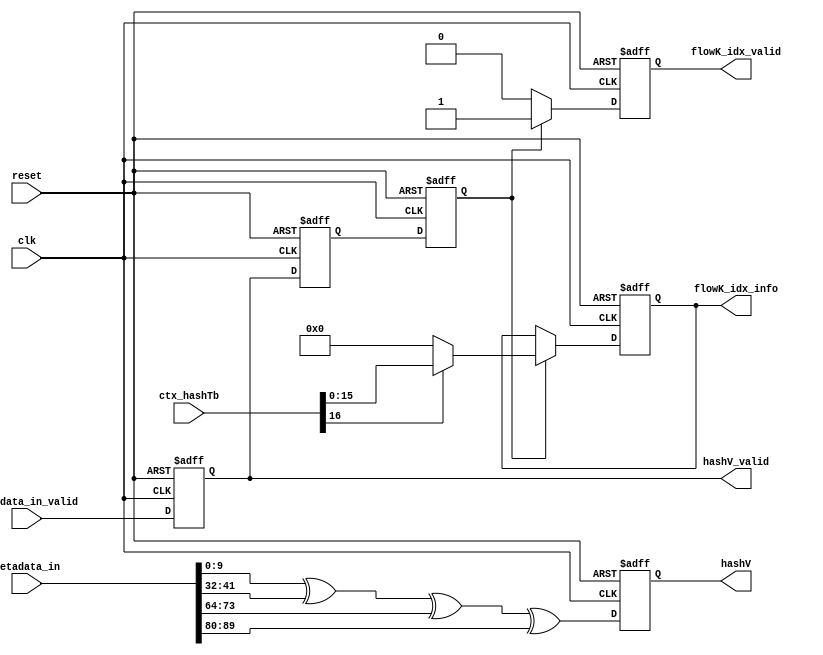
//=====================================================================//
//	Module name: lookup hashTb in conneciton searcher of UniMan;
//	Communication with lijunnan(lijunnan@nudt.edu.cn)
//	Last edited time: 2018/11/11 (Happy Singles' Day,  Je t'attendrai toujours.)
//	Function outline: UniMan_v1.0
//=====================================================================//

`timescale 1ns/1ps

/*	function description:
*	1) extract 5-tuple in the metadata, we assurme the location of 4-tuple
*		is metadata[103:0];
*	2) calculate two hash values used to search hash tables, the hash
*		function is: flow_key[95:80]^[79:64]^[47:32]^[15:0];
*/
module lookup_hashTb(
reset,
clk,
metadata_in_valid,
metadata_in,
hashV,
hashV_valid,
ctx_hashTb,
flowK_idx_valid,
flowK_idx_info
);

/*	width or depth or words info of signals
*/
parameter 	w_meta = 104,			// width of metadata;
			w_key = 104,			// width of flow key;
			w_hashTb = 17,			// width of hashTb's entry, (1 + 16);
			d_hashTb = 10,			// depth of hashTb;
			w_flowKIdx_info = 16,	// width of conn_idx_info, i.e., flowKTb_idx;
			w_idx = 16,				// width of idx in hashTb;
			
			/** used for calculating hash values 
			*	the sequence of 5-tuple is protocol, dstport, srcport, dstip, srcip;
			*/
			b_srcIP_key = 0,		// last bit of srcIP in flow key;
			b_dstIP_key = 32,		// last bit of dstIP in flow key;
			b_srcPort_key = 64,		// last bit of srcPort in flow key;
			b_dstPort_key = 80,		// last bit of dstPort in flow key;
			b_protocol_key = 96,	// last bit fo protocol in flow key;
			/** format of hashTb*/
			b_valid_hashTb = 16,	// last bit of valid in hashTb;
			b_idx_hashTb = 0;		// last bit of the idx_info in hashTb;


input								clk;
input								reset;
input								metadata_in_valid;
input		[w_meta-1:0]			metadata_in;
output	reg	[d_hashTb-1:0]			hashV;
output	reg							hashV_valid;
input		[w_hashTb-1:0]			ctx_hashTb;
output	reg							flowK_idx_valid;
output	reg	[w_flowKIdx_info-1:0]	flowK_idx_info;


/*************************************************************************************/
/***	varialbe declaration */
/**	valid_temp is used to count clocks for waiting the result from hashTb ;
*/
reg			valid_temp[1:0];

/*************************************************************************************/
/***	state register declaration*/

/*************************************************************************************/
/***	submodule declaration */

/*************************************************************************************/
/***	state machine declaration */
/**	this state machine is used gen hash value according to the five-tuple info.;
*/
always @(posedge clk or negedge reset) begin
	if (!reset) begin
		valid_temp[0] <= 1'b0;
		valid_temp[1] <= 1'b0;

		hashV_valid <= 1'b0;
		hashV <= {d_hashTb{1'b0}};
	end
	else begin
		hashV <= metadata_in[b_srcIP_key+d_hashTb-1:b_srcIP_key]^
			metadata_in[b_dstIP_key+d_hashTb-1:b_dstIP_key]^
			metadata_in[b_srcPort_key+d_hashTb-1:b_srcPort_key]^
			metadata_in[b_dstPort_key+d_hashTb-1:b_dstPort_key];
		
		hashV_valid <= metadata_in_valid;
		valid_temp[0] <= hashV_valid;
		valid_temp[1] <= valid_temp[0];
	end
end

/*************************************************************************************/
/**	this state machine is used to generate conn_index according to the results
*		returned from hash table; 

*	-Knock Knock!
*	-Who's there?
*	-Bu
*	-Bu who?
*	-Bugs...
*	-I hate you, get out of my code!
*/
always @ (posedge clk or negedge reset) begin
	if(!reset) begin
		flowK_idx_valid <= 1'b0;
		flowK_idx_info <= {w_flowKIdx_info{1'b0}};
	end
	else begin
		/* read ctx_hashTb and compare (with simpified hash key)*/
		if(valid_temp[1] == 1'b1) begin	/** hit: read connTb */
			flowK_idx_valid <= 1'b1;
			if(ctx_hashTb[b_valid_hashTb] == 1'b1) 
				flowK_idx_info <=  ctx_hashTb[b_idx_hashTb+w_idx-1:b_idx_hashTb];
			else  /** miss: set '0'*/
				flowK_idx_info <= {w_flowKIdx_info{1'b0}};
		end
		else begin
			flowK_idx_valid <= 1'b0;
		end
	end
end

endmodule